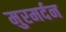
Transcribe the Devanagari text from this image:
मुरमर्दन